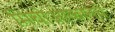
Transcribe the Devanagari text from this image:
मिचोआकानचे